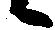
候